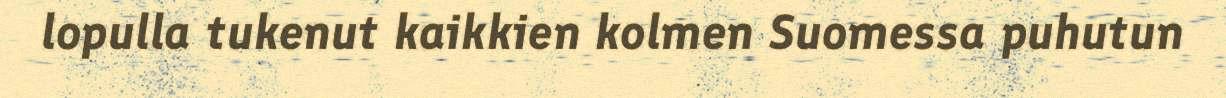
lopulla tukenut kaikkien kolmen Suomessa puhutun